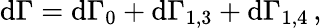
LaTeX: \mathrm{d}\Gamma=\mathrm{d}\Gamma_{0}+\mathrm{d}\Gamma_{1,3}+\mathrm{d}\Gamma_{1,4}\, ,